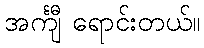
အင်္ကျီ ရောင်းတယ်။